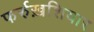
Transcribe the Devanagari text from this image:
फर्रुख़शियार